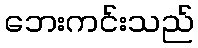
ဘေးကင်းသည်